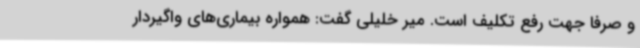
و صرفاً جهت رفع تکلیف است. میر خلیلی گفت: همواره بیماری‌های واگیردار